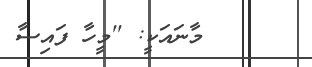
މާނައަކީ: ''މީހާ ފައިސާ